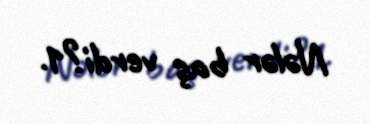
Nələr baş verdi?1.